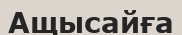
Ащысайға